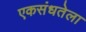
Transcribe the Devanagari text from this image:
एकसंधतेला